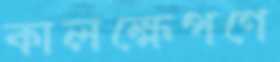
কালক্ষেপণে